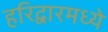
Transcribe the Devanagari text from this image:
हरिद्वारमध्ये